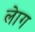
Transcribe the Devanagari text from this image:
लेाग